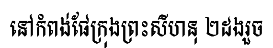
នៅកំពង់ផែក្រុងព្រះសីហនុ ២ដងរួច